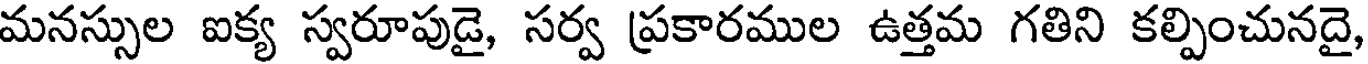
మనస్సుల ఐక్య స్వరూపుడై, సర్వ ప్రకారముల ఉత్తమ గతిని కల్పించునదై,